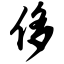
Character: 侈